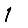
Digit: 1